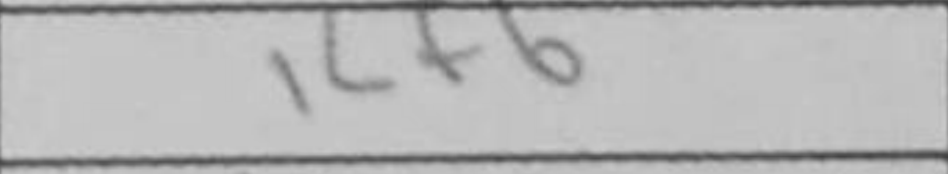
Transcription: Kf6